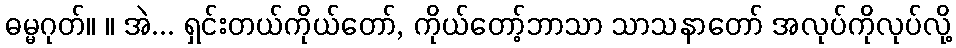
ဓမ္မဂုတ်။ ။ အဲ... ရှင်းတယ်ကိုယ်တော်, ကိုယ်တော့်ဘာသာ သာသနာတော် အလုပ်ကိုလုပ်လို့